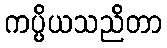
ကပ္ပိယသညိတာ